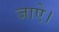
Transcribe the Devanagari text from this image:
जाऐ।